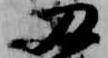
及